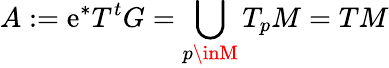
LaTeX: A:=\mathrm{e}^{*}T^{t}G=\bigcup_{p\inM}T_{p}M=TM